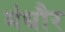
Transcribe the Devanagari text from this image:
मंधौर